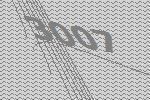
3007